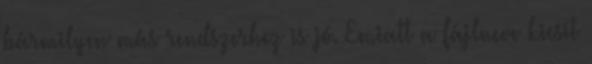
bármilyen más rendszerhez is jó. Emiatt a fájlneve kicsit